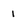
Character: 1